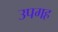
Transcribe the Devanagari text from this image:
उपगह